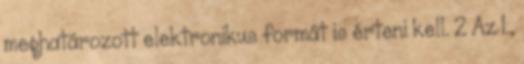
meghatározott elektronikus formát is érteni kell. 2 Az 1.,